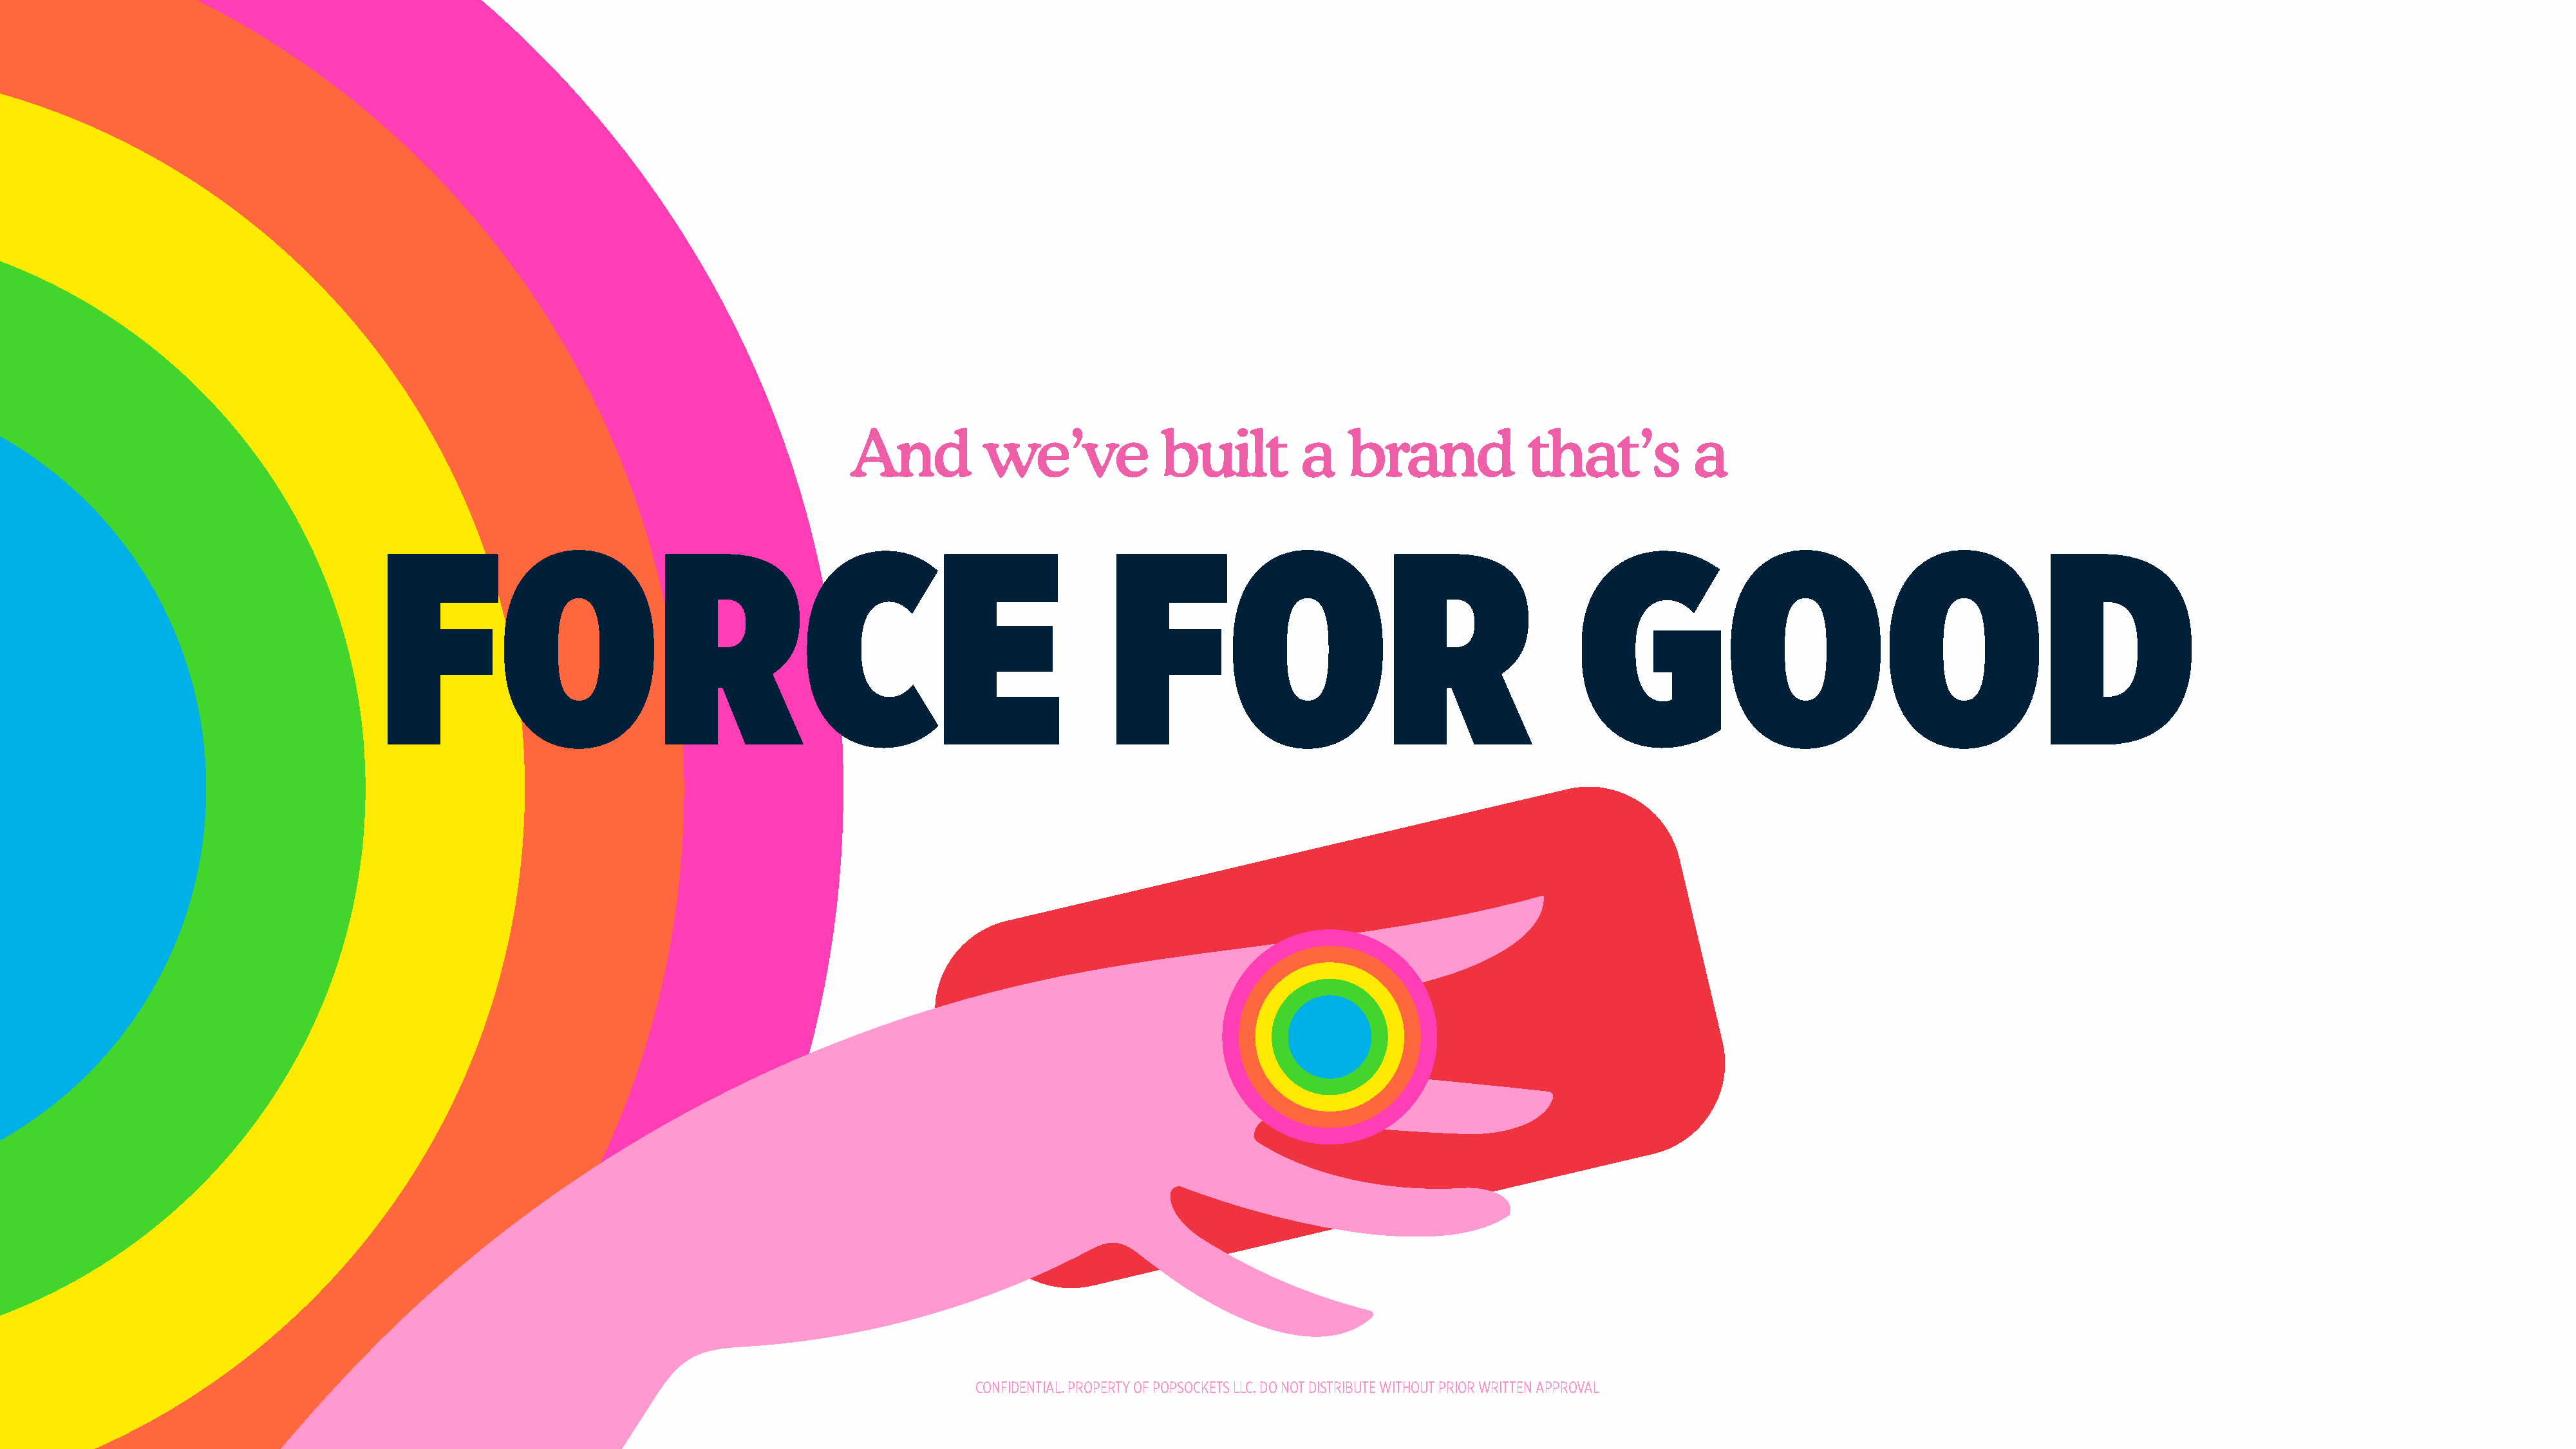
And           we’ve             built          a    brand             that’s           a
 FORCE                                                                      FOR                                             GOOD
 CONFIDENTIAL. PROPERTY OF POPSOCKETS LLC. DO NOT DISTRIBUTE WITHOUT PRIOR WRITTEN APPROVAL